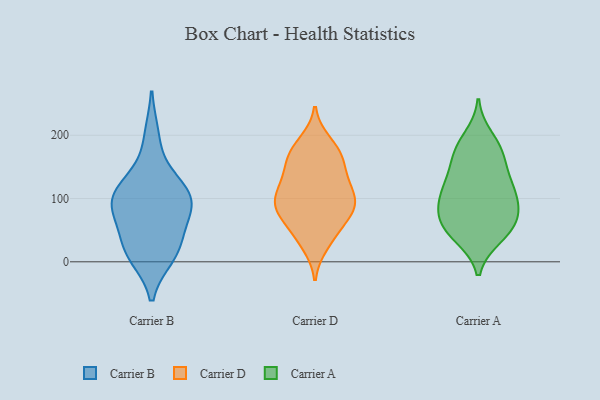
{"axis": {"x": "Temperature (°C)", "y": "Value"}, "legend": ["Carrier A", "Carrier B", "Carrier D"], "data": [{"x": "", "y": 93, "type": "Carrier B"}, {"x": "", "y": 36, "type": "Carrier B"}, {"x": "", "y": 19, "type": "Carrier B"}, {"x": "", "y": 93, "type": "Carrier B"}, {"x": "", "y": 10, "type": "Carrier B"}, {"x": "", "y": 128, "type": "Carrier B"}, {"x": "", "y": 121, "type": "Carrier B"}, {"x": "", "y": 16, "type": "Carrier B"}, {"x": "", "y": 103, "type": "Carrier B"}, {"x": "", "y": 81, "type": "Carrier B"}, {"x": "", "y": 80, "type": "Carrier B"}, {"x": "", "y": 198, "type": "Carrier B"}, {"x": "", "y": 83, "type": "Carrier D"}, {"x": "", "y": 104, "type": "Carrier D"}, {"x": "", "y": 83, "type": "Carrier D"}, {"x": "", "y": 45, "type": "Carrier D"}, {"x": "", "y": 38, "type": "Carrier D"}, {"x": "", "y": 152, "type": "Carrier D"}, {"x": "", "y": 189, "type": "Carrier D"}, {"x": "", "y": 178, "type": "Carrier D"}, {"x": "", "y": 105, "type": "Carrier D"}, {"x": "", "y": 74, "type": "Carrier D"}, {"x": "", "y": 74, "type": "Carrier D"}, {"x": "", "y": 119, "type": "Carrier D"}, {"x": "", "y": 92, "type": "Carrier D"}, {"x": "", "y": 86, "type": "Carrier D"}, {"x": "", "y": 169, "type": "Carrier D"}, {"x": "", "y": 27, "type": "Carrier D"}, {"x": "", "y": 118, "type": "Carrier D"}, {"x": "", "y": 150, "type": "Carrier D"}, {"x": "", "y": 133, "type": "Carrier D"}, {"x": "", "y": 172, "type": "Carrier D"}, {"x": "", "y": 122, "type": "Carrier A"}, {"x": "", "y": 197, "type": "Carrier A"}, {"x": "", "y": 112, "type": "Carrier A"}, {"x": "", "y": 150, "type": "Carrier A"}, {"x": "", "y": 67, "type": "Carrier A"}, {"x": "", "y": 179, "type": "Carrier A"}, {"x": "", "y": 65, "type": "Carrier A"}, {"x": "", "y": 43, "type": "Carrier A"}, {"x": "", "y": 99, "type": "Carrier A"}, {"x": "", "y": 43, "type": "Carrier A"}, {"x": "", "y": 124, "type": "Carrier A"}, {"x": "", "y": 39, "type": "Carrier A"}, {"x": "", "y": 172, "type": "Carrier A"}, {"x": "", "y": 114, "type": "Carrier A"}, {"x": "", "y": 85, "type": "Carrier A"}, {"x": "", "y": 65, "type": "Carrier A"}, {"x": "", "y": 82, "type": "Carrier A"}, {"x": "", "y": 170, "type": "Carrier A"}]}